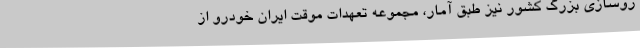
روسازی بزرگ کشور نیز طبق آمار، مجموعه تعهدات موقت ایران خودرو از